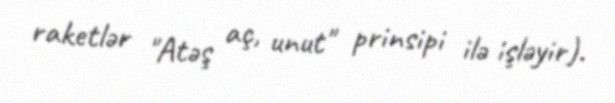
raketlər "Atəş aç, unut" prinsipi ilə işləyir).